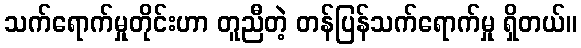
သက်ရောက်မှုတိုင်းဟာ တူညီတဲ့ တန်ပြန်သက်ရောက်မှု ရှိတယ်။